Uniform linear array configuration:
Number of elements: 48
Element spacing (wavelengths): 0.25
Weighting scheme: cosine
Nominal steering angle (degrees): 60
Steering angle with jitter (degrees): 61.915
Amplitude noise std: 0.05
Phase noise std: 0.05

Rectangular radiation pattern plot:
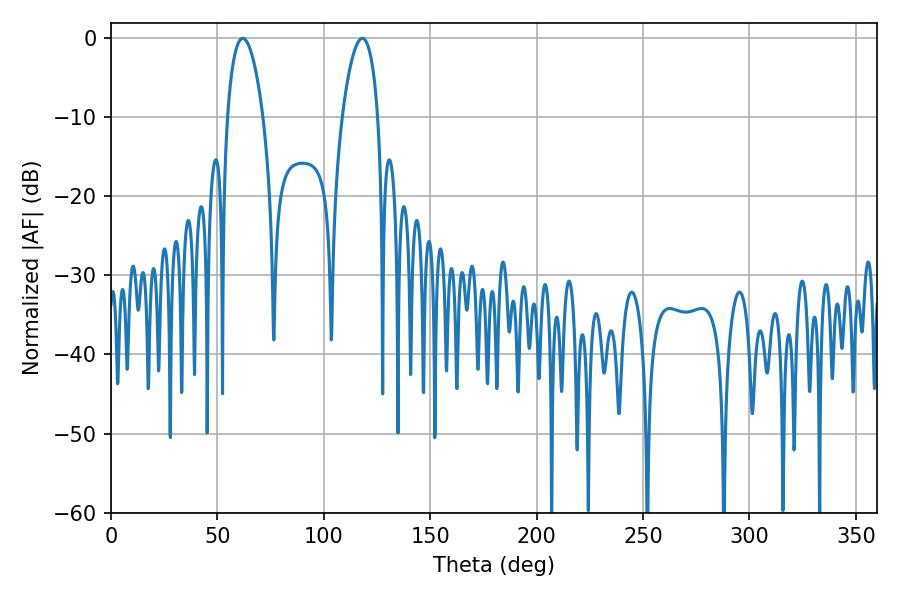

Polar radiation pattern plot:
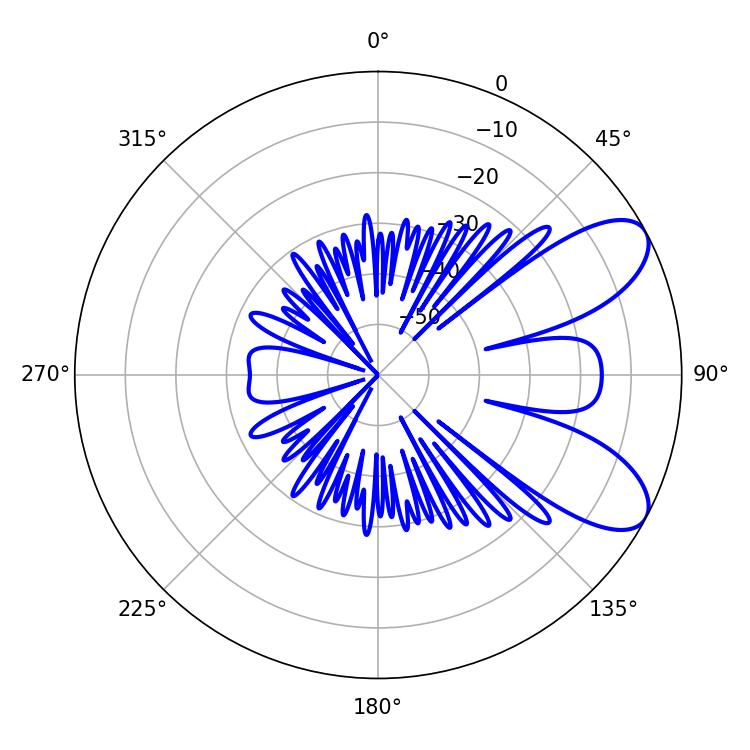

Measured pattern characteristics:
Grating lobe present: FALSE
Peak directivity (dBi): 7.972
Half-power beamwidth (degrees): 9.36
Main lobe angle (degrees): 61.92